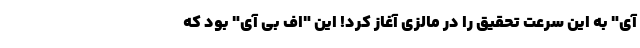
آی" به این سرعت تحقیق را در مالزی آغاز کرد! این "اف بی آی" بود که